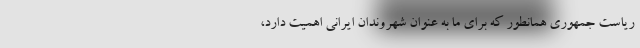
ریاست جمهوری همانطور که برای ما به عنوان شهروندان ایرانی اهمیت دارد،